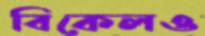
বিকেলও